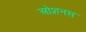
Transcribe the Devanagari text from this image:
ओशनस